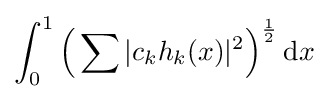
\int _{0}^{1}{\Bigl (}\sum |c_{k}h_{k}(x)|^{2}{\Bigr )}^{\frac {1}{2}}\,\mathrm {d} x